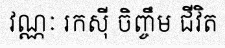
វណ្ណៈ រកស៊ី ចិញ្ចឹម ជីវិត